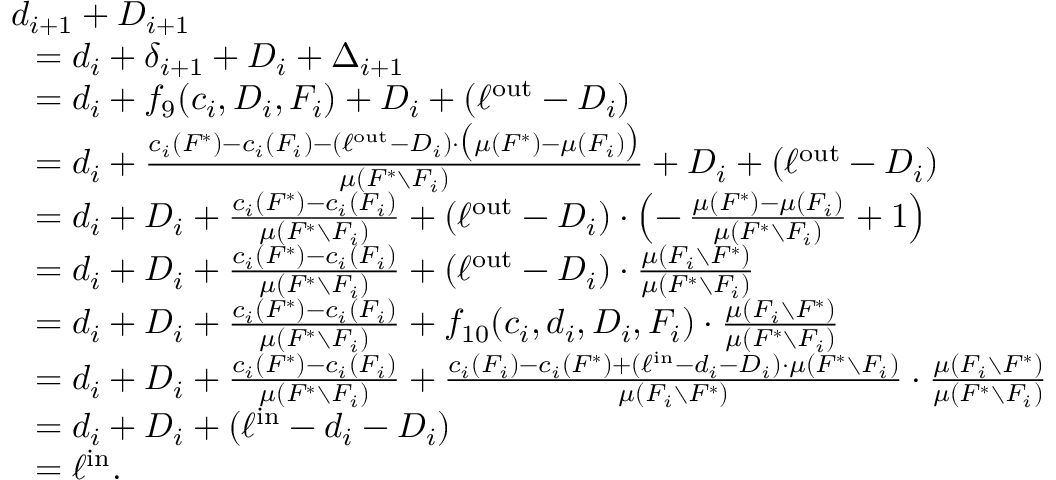
\begin{array} { r l } & { d _ { i + 1 } + D _ { i + 1 } } \\ { } & { ~ ~ = d _ { i } + \delta _ { i + 1 } + D _ { i } + \Delta _ { i + 1 } } \\ { } & { ~ ~ = d _ { i } + f _ { 9 } ( c _ { i } , D _ { i } , F _ { i } ) + D _ { i } + ( \ell ^ { \mathrm { o u t } } - D _ { i } ) } \\ { } & { ~ ~ = d _ { i } + \frac { c _ { i } ( F ^ { * } ) - c _ { i } ( F _ { i } ) - ( \ell ^ { \mathrm { o u t } } - D _ { i } ) \cdot \big ( \mu ( F ^ { * } ) - \mu ( F _ { i } ) \big ) } { \mu ( F ^ { * } \setminus F _ { i } ) } + D _ { i } + ( \ell ^ { \mathrm { o u t } } - D _ { i } ) } \\ { } & { ~ ~ = d _ { i } + D _ { i } + \frac { c _ { i } ( F ^ { * } ) - c _ { i } ( F _ { i } ) } { \mu ( F ^ { * } \setminus F _ { i } ) } + ( \ell ^ { \mathrm { o u t } } - D _ { i } ) \cdot \left( - \, \frac { \mu ( F ^ { * } ) - \mu ( F _ { i } ) } { \mu ( F ^ { * } \setminus F _ { i } ) } + 1 \right) } \\ { } & { ~ ~ = d _ { i } + D _ { i } + \frac { c _ { i } ( F ^ { * } ) - c _ { i } ( F _ { i } ) } { \mu ( F ^ { * } \setminus F _ { i } ) } + ( \ell ^ { \mathrm { o u t } } - D _ { i } ) \cdot \frac { \mu ( F _ { i } \setminus F ^ { * } ) } { \mu ( F ^ { * } \setminus F _ { i } ) } } \\ { } & { ~ ~ = d _ { i } + D _ { i } + \frac { c _ { i } ( F ^ { * } ) - c _ { i } ( F _ { i } ) } { \mu ( F ^ { * } \setminus F _ { i } ) } + f _ { 1 0 } ( c _ { i } , d _ { i } , D _ { i } , F _ { i } ) \cdot \frac { \mu ( F _ { i } \setminus F ^ { * } ) } { \mu ( F ^ { * } \setminus F _ { i } ) } } \\ { } & { ~ ~ = d _ { i } + D _ { i } + \frac { c _ { i } ( F ^ { * } ) - c _ { i } ( F _ { i } ) } { \mu ( F ^ { * } \setminus F _ { i } ) } + \frac { c _ { i } ( F _ { i } ) - c _ { i } ( F ^ { * } ) + ( \ell ^ { \mathrm { i n } } - d _ { i } - D _ { i } ) \cdot \mu ( F ^ { * } \setminus F _ { i } ) } { \mu ( F _ { i } \setminus F ^ { * } ) } \cdot \frac { \mu ( F _ { i } \setminus F ^ { * } ) } { \mu ( F ^ { * } \setminus F _ { i } ) } } \\ { } & { ~ ~ = d _ { i } + D _ { i } + ( \ell ^ { \mathrm { i n } } - d _ { i } - D _ { i } ) } \\ { } & { ~ ~ = \ell ^ { \mathrm { i n } } . } \end{array}